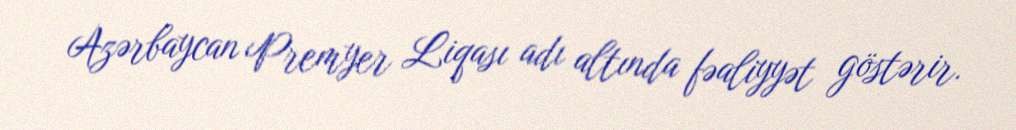
Azərbaycan Premyer Liqası adı altında fəaliyyət göstərir.